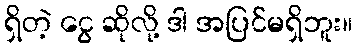
ရှိတဲ့ ငွေ ဆိုလို့ ဒါ အပြင်မရှိဘူး။